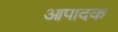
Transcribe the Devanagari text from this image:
आपादक